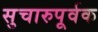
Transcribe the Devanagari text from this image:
सुचारुपूर्वक